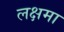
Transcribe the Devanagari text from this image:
लक्षमा